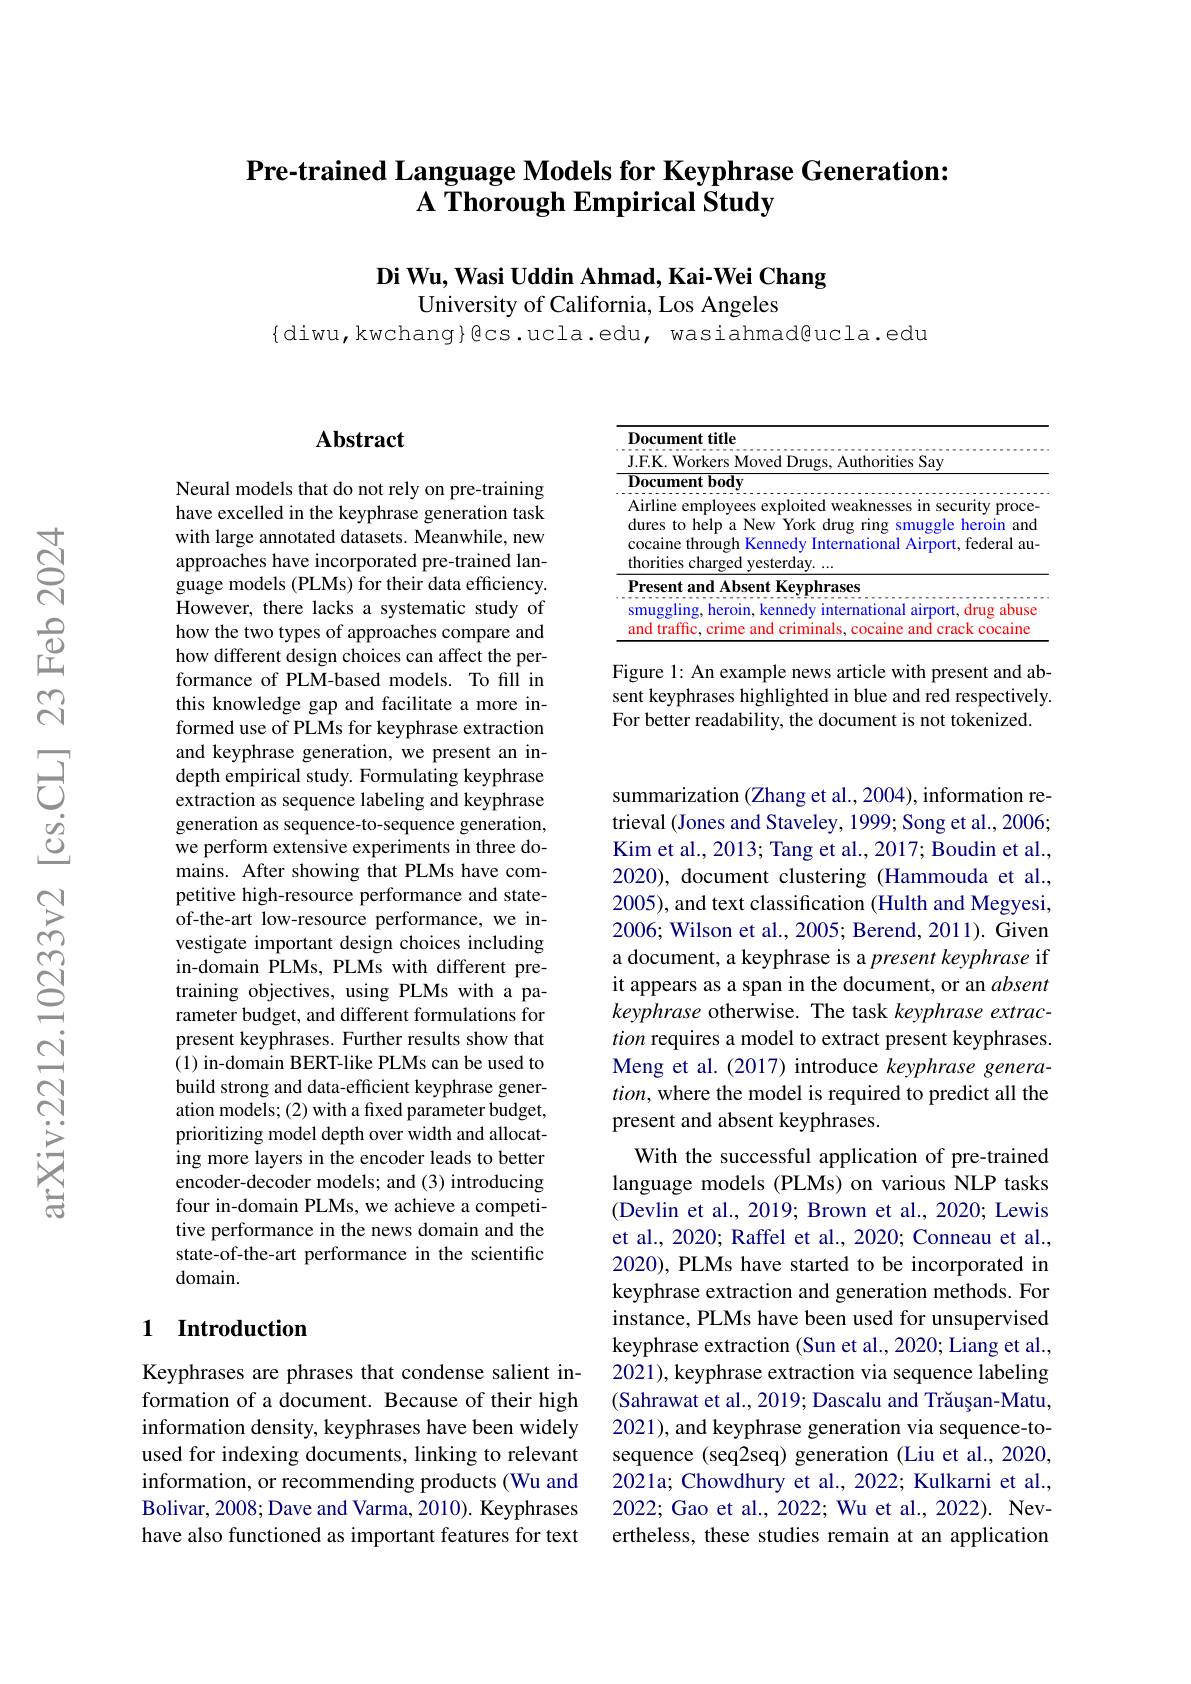
## Pre-trained Language Models for Keyphrase Generation: $\textbf{A Thorough Empirical Study}$

Di Wu, Wasi Uddin Ahmad, Kai-Wei Chang
University of California, Los Angeles

$\{$diwu, kwchang}@cs. ucla. edu, wasiahmad@ucla. edu

## $\mathbf{Abstract}$

Neural models that do not rely on pre-training have excelled in the keyphrase generation task with large annotated datasets. Meanwhile, new approaches have incorporated pre-trained language models (PLMs) for their data efficiency. However, there lacks a systematic study of how the two types of approaches compare and how different design choices can affect the performance of PLM-based models. To fill in this knowledge gap and facilitate a more informed use of PLMs for keyphrase extraction and keyphrase generation, we present an indepth empirical study. Formulating keyphrase extraction as sequence labeling and keyphrase generation as sequence-to-sequence generation, we perform extensive experiments in three domains. After showing that PLMs have competitive high-resource performance and stateof-the-art low-resource performance, we investigate important design choices including in-domain PLMs, PLMs with different pretraining objectives, using PLMs with a parameter budget, and different formulations for present keyphrases. Further results show that (1) in-domain BERT-like PLMs can be used to build strong and data-efficient keyphrase generation models; (2) with a fixed parameter budget, prioritizing model depth over width and allocating more layers in the encoder leads to better encoder-decoder models; and (3) introducing four in-domain PLMs, we achieve a competitive performance in the news domain and the state-of-the-art performance in the scientific domain.

### 1 Introduction

Keyphrases are phrases that condense salient information of a document. Because of their high information density, keyphrases have been widely used for indexing documents, linking to relevant information, or recommending products (Wu and Bolivar, 2008; Dave and Varma, 2010). Keyphrases have also functioned as important features for text

<table>
	<tbody>
		<tr>
			<td> </td>
			<td>esent and Absent Keyphrases uggling, heroin, kennedy international airport, drug abuse traffic, crime and criminals, cocaine and crack cocaine</td>
		</tr>
	</tbody>
</table>

Figure 1: An example news article with present and absent keyphrases highlighted in blue and red respectively. For better readability, the document is not tokenized.

summarization (Zhang et al., 2004), information retrieval (Jones and Staveley, 1999; Song et al., 2006; Kim et al., 2013; Tang et al., 2017; Boudin et al., 2020), document clustering (Hammouda et al., 2005), and text classification (Hulth and Megyesi, 2006; Wilson et al., 2005; Berend, 2011). Given a document, a keyphrase is a present keyphrase if it appears as a span in the document, or an absent keyphrase otherwise. The task keyphrase extraction requires a model to extract present keyphrases. Meng et al. (2017) introduce keyphrase genera- $tion$, where the model is required to predict all the present and absent keyphrases.
With the successful application of pre-trained language models (PLMs) on various NLP tasks (Devlin et al., 2019; Brown et al., 2020; Lewis et al., 2020; Raffel et al., 2020; Conneau et al., 2020), PLMs have started to be incorporated in keyphrase extraction and generation methods. For instance, PLMs have been used for unsupervised keyphrase extraction (Sun et al., 2020; Liang et al., 2021), keyphrase extraction via sequence labeling (Sahrawat et al., 2019; Dascalu and Trăușan-Matu, 2021), and keyphrase generation via sequence-tosequence (seq2seq) generation (Liu et al., 2020, 2021a; Chowdhury et al., 2022; Kulkarni et al., 2022; Gao et al., 2022; Wu et al., 2022). Nevertheless, these studies remain at an application